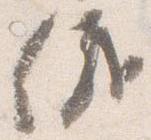
儀